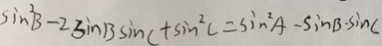
\sin ^ { 2 } B - 2 \sin B \sin C + \sin ^ { 2 } C = \sin ^ { 2 } A - \sin B \sin C